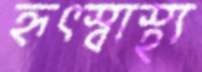
হৃৎস্বাস্থ্য